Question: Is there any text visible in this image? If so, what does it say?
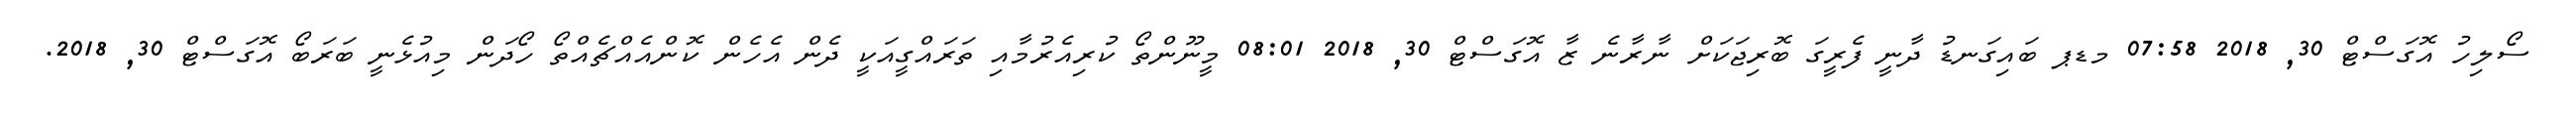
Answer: ސޯލިހު އޮގަސްޓް 30, 2018 07:58 މޑޕ ބައިގަނޑު ދާނީ ފެރީގަ ބޮރިޖަކަށް ނާރާނެ ޒާ އޮގަސްޓް 30, 2018 08:01 މީނޫންތޯ ކުރިއެރުމާއި ތަރައްގީއަކީ ދެން އެހެން ކޮންއެއްޗެއްތޯ ހޯދަން މިއުޅެނީ ބަރަބޯ އޮގަސްޓް 30, 2018.